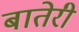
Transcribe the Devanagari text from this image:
बातेरी